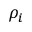
\rho _ { i }